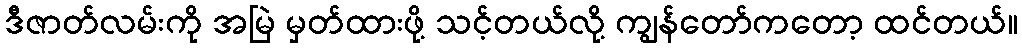
ဒီဇာတ်လမ်းကို အမြဲ မှတ်ထားဖို့ သင့်တယ်လို့ ကျွန်တော်ကတော့ ထင်တယ်။